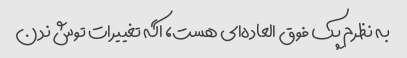
به نظرم پک فوق العاده‌ای هست، اگه تغییرات توش ندن